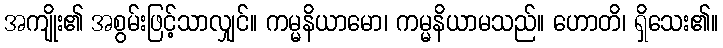
အကျိုး၏ အစွမ်းဖြင့်သာလျှင်။ ကမ္မနိယာမော၊ ကမ္မနိယာမသည်။ ဟောတိ၊ ရှိသေး၏။